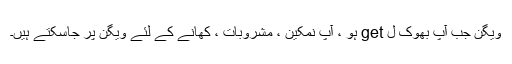
ویگن جب آپ بھوک ل get ہو ، آپ نمکین ، مشروبات ، کھانے کے لئے ویگن پر جاسکتے ہیں۔